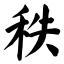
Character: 秩